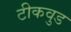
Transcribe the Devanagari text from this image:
टीकवुड